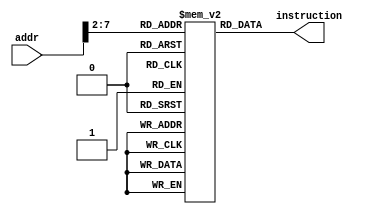
`timescale 1ns / 1ps

// Module definition
module InstMem(
    addr,
    instruction
    );

    // Define the input and output signals
    input        [7:0] addr;
    output wire [31:0] instruction;
    
    // Define a 2D array to store 64 instructions each with 4 bytes (32 bits)
    reg [31:0] memory [63:0];
    integer i;
    
    // Define the Instruction memory modules' behaviour
    initial
        begin
        memory[0]  = 32'h00007033; // and r0, r0, r0 32'h00000000
        memory[1]  = 32'h00100093; // addi r1, r0, 1 32'h00000001
        memory[2]  = 32'h00200113; // addi r2, r0, 2 32'h00000002
        memory[3]  = 32'h00308193; // addi r3, r1, 3 32'h00000004
        memory[4]  = 32'h00408213; // addi r4, r1, 4 32'h00000005
        memory[5]  = 32'h00510293; // addi r5, r2, 5 32'h00000007
        memory[6]  = 32'h00610313; // addi r6, r2, 6 32'h00000008
        memory[7]  = 32'h00718393; // addi r7, r3, 7 32'h0000000B
        memory[8]  = 32'h00208433; // add r8, r1, r2 32'h00000003
        memory[9]  = 32'h404404b3; // sub r9, r8, r4 32'hfffffffe
        memory[10] = 32'h00317533; // and r10, r2, r3 32'h00000000
        memory[11] = 32'h0041e5b3; // or r11, r3, r4 32'h00000005
        
        memory[12] = 32'h0041a633; // if r3 is less than r4 then r12 = 1 32'h00000001
        memory[13] = 32'h007346b3; // nor r13, r6, r7 32'hfffffff4
        memory[14] = 32'h4d34f713; // andi r14, r9, "4D3" 32'h000004D2
        memory[15] = 32'h8d35e793; // ori r15, r11, "8d3" 32'hfffff8d7
        memory[16] = 32'h4d26a813; // if r13 is less than 32'h000004D2 then r16 = 1 32'h00000001
        memory[17] = 32'h4d244893; // nori r17, r8, "4D2" 32'hfffffb2C
        memory[18] = 32'h02b02823; // sw r11, 48(r0) alu result = 32'h00000030
        memory[19] = 32'h03002603; // lw r12, 48(r0) alu result = 32'h00000030 r12 = 32'h00000005
        end

    assign instruction = memory[addr[7:2]]; // word aligned

endmodule